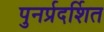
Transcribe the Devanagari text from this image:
पुनर्प्रदर्शित